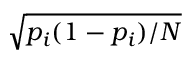
\sqrt { p _ { i } ( 1 - p _ { i } ) / N }